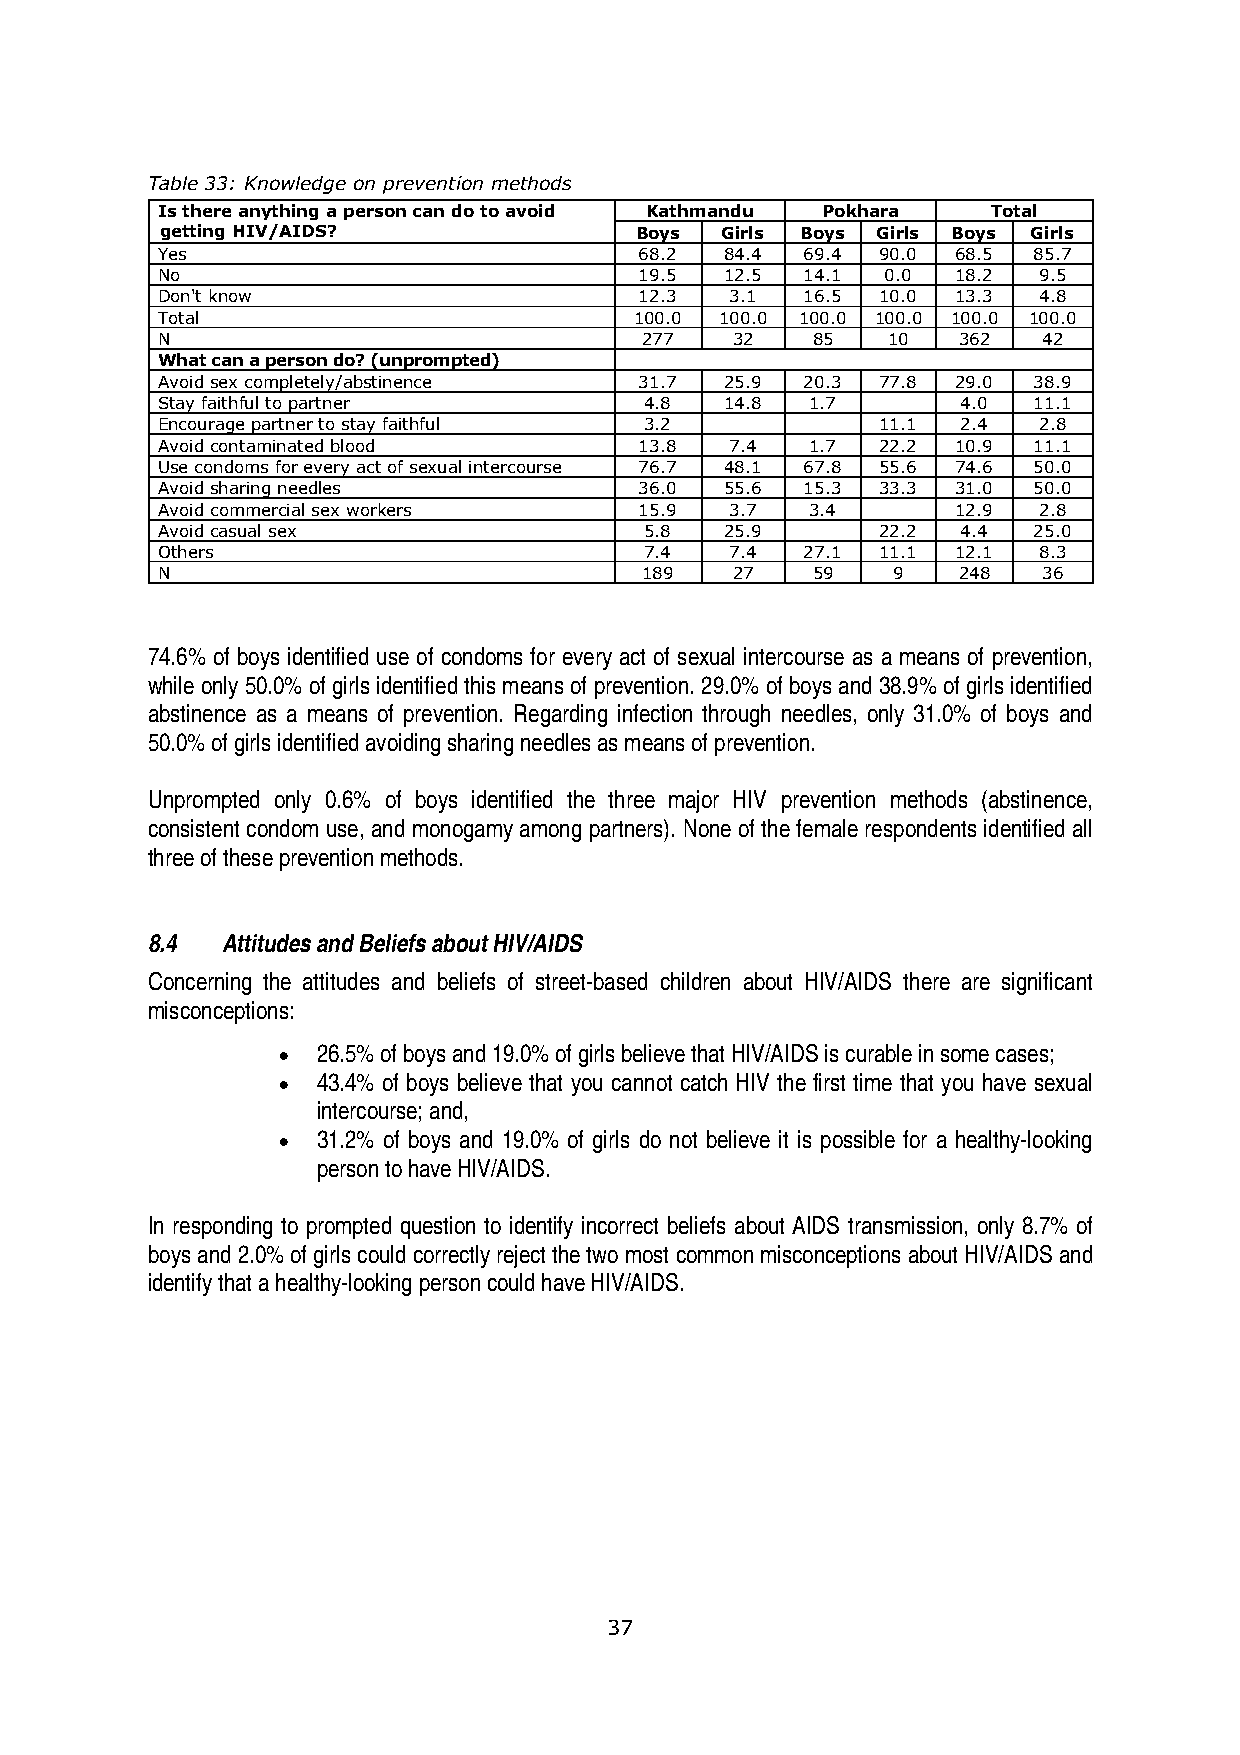
Table 33: Knowledge on prevention methods
 Is there anything a person can do to avoid Kathmandu Pokhara Total
 getting HIV/AIDS?              Boys  Girls Boys Girls Boys Girls
 Yes                             68.2  84.4 69.4 90.0 68.5 85.7
 No                              19.5  12.5 14.1  0.0 18.2  9.5
 Don't know                      12.3  3.1  16.5 10.0 13.3  4.8
 Total                           100.0 100.0 100.0 100.0 100.0 100.0
 N                                277   32   85   10  362   42
 What can a person do? (unprompted)
 Avoid sex completely/abstinence 31.7  25.9 20.3 77.8 29.0 38.9
 Stay faithful to partner         4.8  14.8  1.7       4.0 11.1
 Encourage partner to stay faithful 3.2          11.1  2.4  2.8
 Avoid contaminated blood        13.8  7.4   1.7 22.2 10.9 11.1
 Use condoms for every act of sexual intercourse 76.7 48.1 67.8 55.6 74.6 50.0
 Avoid sharing needles           36.0  55.6 15.3 33.3 31.0 50.0
 Avoid commercial sex workers    15.9  3.7   3.4      12.9  2.8
 Avoid casual sex                 5.8  25.9      22.2  4.4 25.0
 Others                           7.4  7.4  27.1 11.1 12.1  8.3
 N                                189   27   59   9   248   36
 74.6% of boys identified use of condoms for every act of sexual intercourse as a means of prevention,
 while only 50.0% of girls identified this means of prevention. 29.0% of boys and 38.9% of girls identified
 abstinence as a means of prevention. Regarding infection through needles, only 31.0% of boys and
 50.0% of girls identified avoiding sharing needles as means of prevention.
 Unprompted only 0.6% of boys identified the three major HIV prevention methods (abstinence,
 consistent condom use, and monogamy among partners). None of the female respondents identified all
 three of these prevention methods.
 8.4  Attitudes and Beliefs about HIV/AIDS
 Concerning the attitudes and beliefs of street-based children about HIV/AIDS there are significant
 misconceptions:
 •  26.5% of boys and 19.0% of girls believe that HIV/AIDS is curable in some cases;
 •  43.4% of boys believe that you cannot catch HIV the first time that you have sexual
 intercourse; and,
 •  31.2% of boys and 19.0% of girls do not believe it is possible for a healthy-looking
 person to have HIV/AIDS.
 In responding to prompted question to identify incorrect beliefs about AIDS transmission, only 8.7% of
 boys and 2.0% of girls could correctly reject the two most common misconceptions about HIV/AIDS and
 identify that a healthy-looking person could have HIV/AIDS.
 37